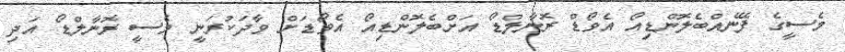
މެސީގެ ފޭނެއްބެލޮންޑިއޯ އެވޯޑް ރޮނާލްޑޯ އަށްބެލޮންޑިއޯ އެވޯޑަށް ވާދަކުރަނީ މެސީ ރޮނާލްޑޯ އަދި